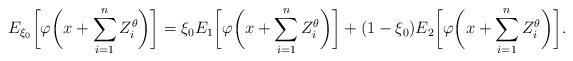
LaTeX: \begin{align*}E_{\xi_0} \biggl[\varphi\biggl(x+\sum_{i=1}^{n} Z_i^\theta\biggr)\biggr]=\xi_0 E_1\biggl[\varphi\biggl(x+\sum_{i=1}^{n} Z_i^\theta\biggr)\biggr]+(1-\xi_0)E_2\biggl[\varphi\biggl(x+\sum_{i=1}^{n} Z_i^\theta\biggr)\biggr].\end{align*}